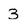
Character: 3